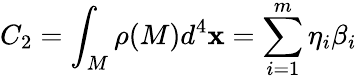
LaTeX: C_{2}=\int_{M}\rho(M)d^{4}\mathbf{x}=\sum_{i=1}^{m}\eta_{i}\beta_{i}